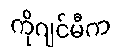
ကိုဂျင်မီက